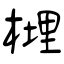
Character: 榸